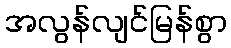
အလွန်လျင်မြန်စွာ